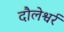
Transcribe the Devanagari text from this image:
दौलेश्वर्र